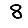
Digit: 8